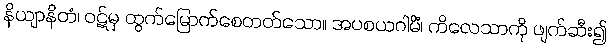
နိယျာနိတံ၊ ဝဋ်မှ ထွက်မြောက်စေတတ်သော။ အပစယဂါမိံ၊ ကိလေသာကို ဖျက်ဆီး၍